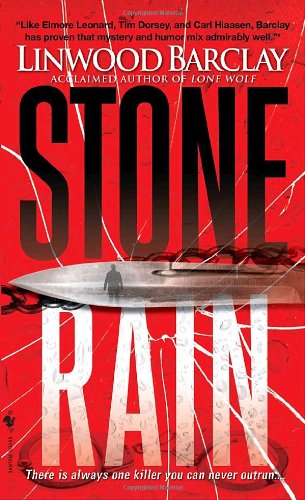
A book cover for Stone Rain; Linwood Barclay; Literature & Fiction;